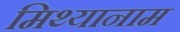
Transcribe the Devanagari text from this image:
मिथ्यानाम